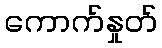
ကောက်နှုတ်